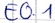
Text: E0.1